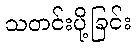
သတင်းပို့ခြင်း